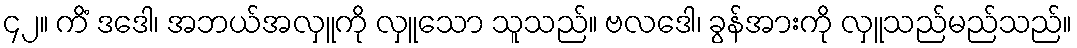
၄၂။ ကိံ ဒဒေါ၊ အဘယ်အလှူကို လှူသော သူသည်။ ဗလဒေါ၊ ခွန်အားကို လှူသည်မည်သည်။